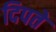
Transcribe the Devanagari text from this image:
दिपते